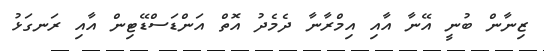
ޒިނާން ބުނީ އޭނާ އާއި އިމްރާނާ ދެމެދު އޮތް އަންޑަސްޑޭޓިން އާއި ރަނގަޅު